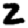
Digit: 2